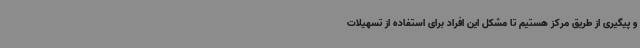
و پیگیری از طریق مرکز هستیم تا مشکل این افراد برای استفاده از تسهیلات